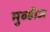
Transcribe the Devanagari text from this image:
मुव्हीज